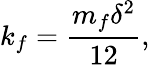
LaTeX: k_{f}=\frac{m_{f}\delta^{2}}{12},